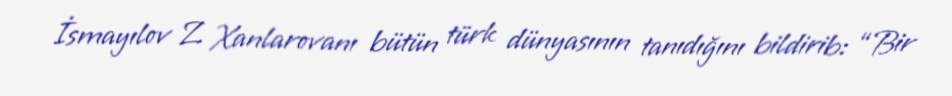
İsmayılov Z. Xanlarovanı bütün türk dünyasının tanıdığını bildirib: “Bir